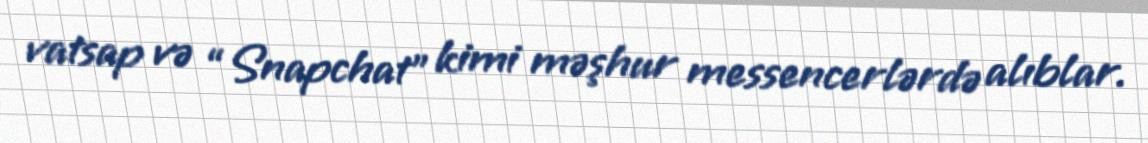
vatsap və “Snapchat” kimi məşhur messencerlərdə alıblar.